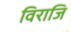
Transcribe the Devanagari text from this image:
विराजि